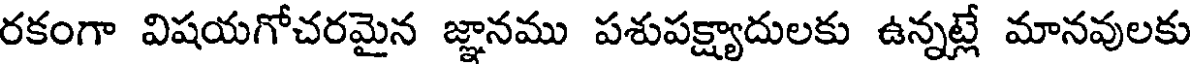
రకంగా విషయగోచరమైన జ్ఞానము పశుపక్ష్యాదులకు ఉన్నట్లే మానవులకు